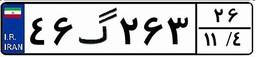
۴۶گ۲۶۳۲۶